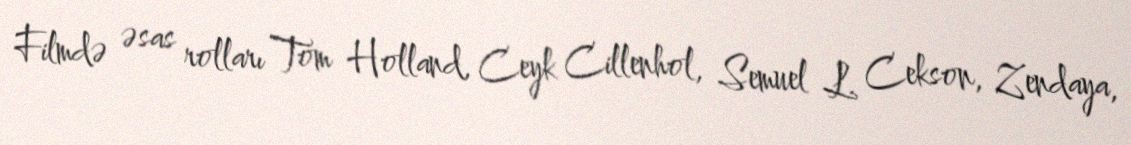
Filmdə əsas rolları Tom Holland, Ceyk Cillenhol, Semuel L. Cekson, Zendaya,